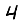
Digit: 4